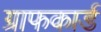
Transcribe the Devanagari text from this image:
ग्राफकार्ड